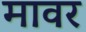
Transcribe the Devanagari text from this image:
मावर